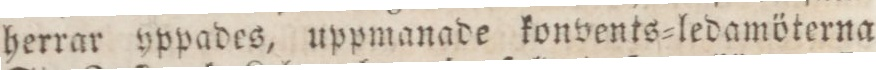
herrar yppades, uppmanade konvents=ledamöterna